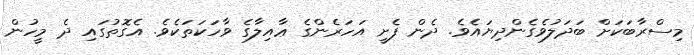
މިސްރާބަކަށް ބަދަލުވެގެންދިޔައެވެ. ދެން ފެށީ އަހަރެންގެ ޢާއިލާގެ ވާހަކަތަކެވެ. އެގޮތުގައި ދެ މީހުން